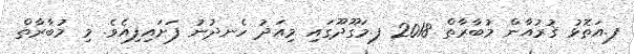
ފ.އަތޮޅު ޤުރުއާން މުބާރާތް 2018 ފ.މަގޫދޫގައި މިއަދު ހެނދުނު ފަށައިފިއެވެ. މި މުބާރާތް